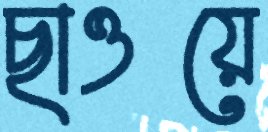
ছাওয়ে